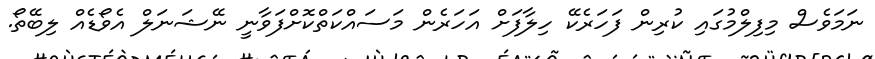
ނަމަވެސް މިފިލްމުގައި ކުރިން ފަހަރެކޭ ހިލާފަށް އަހަރެން މަސައްކަތްކޮށްފަވާނީ ނޭޝަނަލް އެވޯޑެއް ލިބޭތޯ.